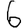
Digit: 6